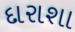
દારાશા